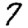
Digit: 7